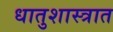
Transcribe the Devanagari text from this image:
धातुशास्त्रात